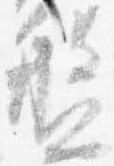
盤